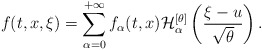
\begin{align*} f(t,x,\xi) = \sum_{\alpha=0}^{+\infty} f_{\alpha}(t,x) \mathcal{H}^{[\theta]}_{\alpha} \left( \frac{\xi - u}{\sqrt{\theta}} \right).\end{align*}